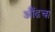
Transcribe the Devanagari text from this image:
औंढचा